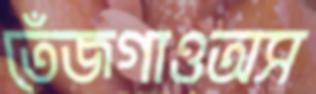
তেঁজগাওঅস